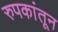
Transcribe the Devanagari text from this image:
रुपकांतून